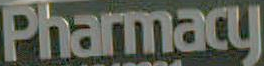
Pharmacy